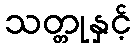
သတ္တုနှင့်